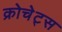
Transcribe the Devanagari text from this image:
क्रोचेट्स